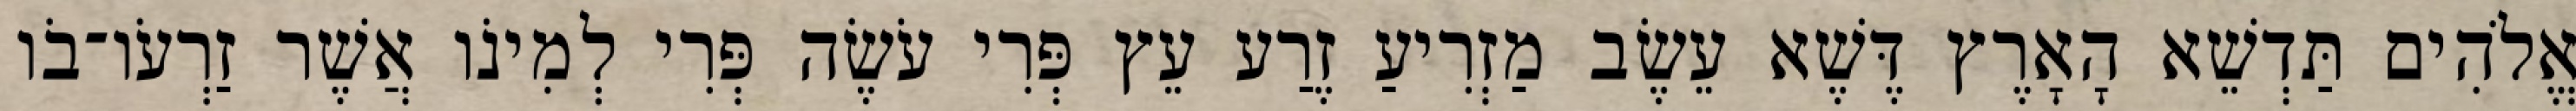
אֱלֹהִים תַּדְשֵׁא הָאָרֶץ דֶּשֶׁא עֵשֶׂב מַזְרִיעַ זֶרַע עֵץ פְּרִי עֹשֶׂה פְּרִי לְמִינֹו אֲשֶׁר זַרְעֹו־בֹו